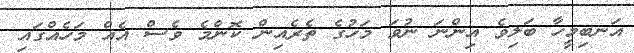
އަނބިމީހާ ބަލިވެ އިންނަ ނުވަ މަހުގެ ތެރެއިން ކޮންމެ ވެސް އެއް މަހެއްގައި